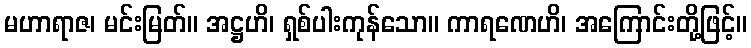
မဟာရာဇ၊ မင်းမြတ်။ အဋ္ဌဟိ၊ ရှစ်ပါးကုန်သော။ ကာရဏေဟိ၊ အကြောင်းတို့ဖြင့်။